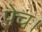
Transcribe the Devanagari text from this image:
पेच।